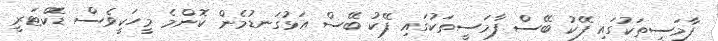
ފާމަސީތަކުގައި ފޭކު ބޭސް ފާމަސީތަކުގައި ފޭކު ބޭސް އަޅުގަނޑުމެން ކޮންމެ މީހަކީވެސް ޑޮކްޓަރީ